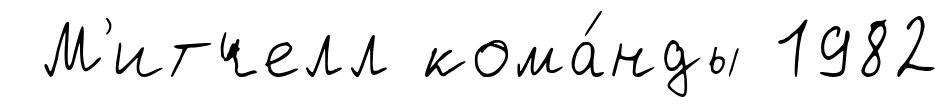
М'итчелл кома́нды 1982